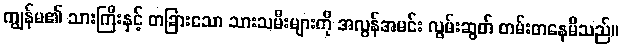
ကျွန်မ၏ သားကြီးနှင့် တခြားသော သားသမီးများကို အလွန်အမင်း လွမ်းဆွတ် တမ်းတနေမိသည်။